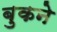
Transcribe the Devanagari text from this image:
बुकने